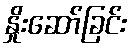
နှိုးဆော်ခြင်း